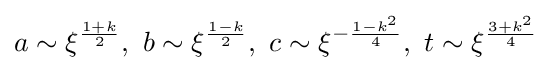
a\sim \xi ^{\frac {1+k}{2}},\ b\sim \xi ^{\frac {1-k}{2}},\ c\sim \xi ^{-{\frac {1-k^{2}}{4}}},\ t\sim \xi ^{\frac {3+k^{2}}{4}}